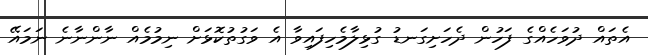
އެތައް ދުވަހެއްގެ ފަހުން ދެހަަށިގަނޑު ގުޅިލާމެހިފައިވާ އެ ވަގުތުކޮޅަަށް ނިމުމެއް ނާންނާނެ ނަމައޭ